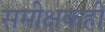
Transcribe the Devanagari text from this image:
समीक्षकही